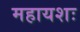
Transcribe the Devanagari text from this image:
महायशः